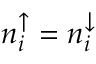
n _ { i } ^ { \uparrow } = n _ { i } ^ { \downarrow }